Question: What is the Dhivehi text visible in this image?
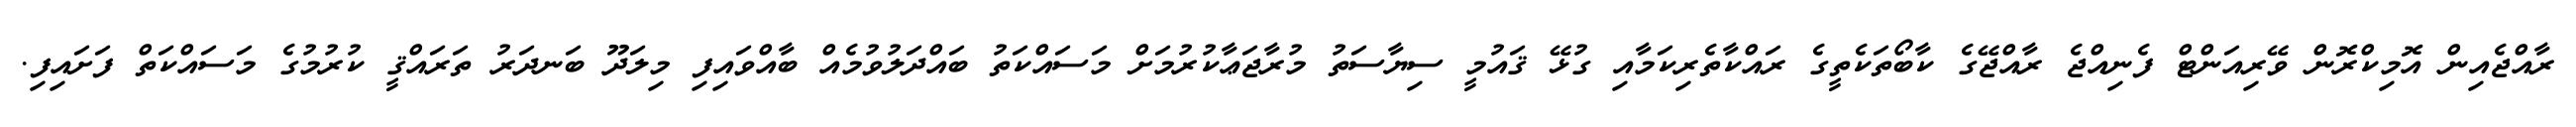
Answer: ރާއްޖެއިން އޮމިކްރޮން ވޭރިއަންޓް ފެނިއްޖެ ރާއްޖޭގެ ކާބޯތަކެތީގެ ރައްކާތެރިކަމާއި ގުޅޭ ޤައުމީ ސިޔާސަތު މުރާޖަޢާކުރުމަށް މަސައްކަތު ބައްދަލުވުމެއް ބާއްވައިފި މިލަދޫ ބަނދަރު ތަރައްޤީ ކުރުމުގެ މަސައްކަތް ފަށައިފި.